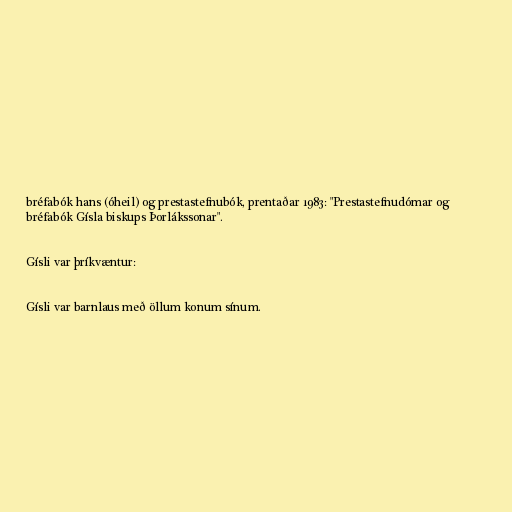
bréfabók hans (óheil) og prestastefnubók, prentaðar 1983: "Prestastefnudómar og
bréfabók Gísla biskups Þorlákssonar".

Gísli var þríkvæntur:

Gísli var barnlaus með öllum konum sínum.